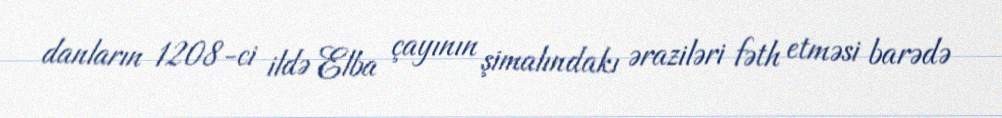
danların 1208-ci ildə Elba çayının şimalındakı əraziləri fəth etməsi barədə